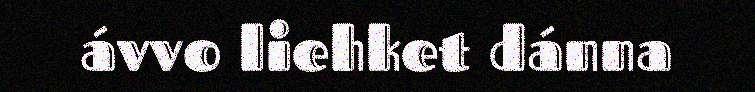
ávvo liehket dánna